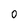
Character: 0